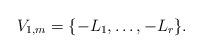
LaTeX: \begin{align*} V_{1, m} = \{- L_1, \dots, - L_r\}.\end{align*}